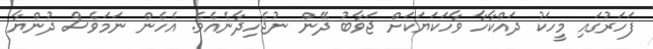
ފަހަރުގައި މީހަކު ދައްކާހާ ވާހަކަޔަކަށް ޖަވާބު ދޭން ނުޖެހިދާނެއެވެ. އެހެން ނަމަވެސް ދުންޔާ